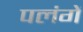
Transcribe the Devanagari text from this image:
पलंगें